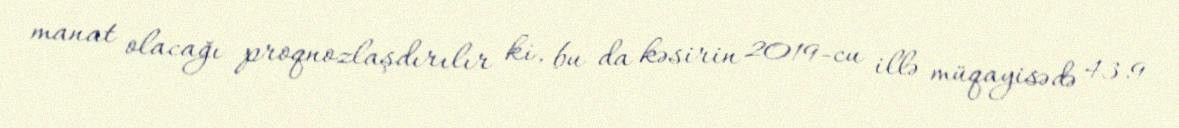
manat olacağı proqnozlaşdırılır ki, bu da kəsirin 2019-cu illə müqayisədə 43.9